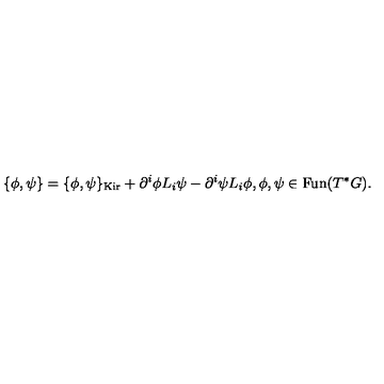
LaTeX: \{ \phi , \psi \} = \{ \phi , \psi \} _ { \mathrm { K i r } } + \partial ^ { i } \phi L _ { i } \psi - \partial ^ { i } \psi L _ { i } \phi , \phi , \psi \in \mathrm { F u n } ( T ^ { * } G ) .